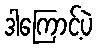
ဒါကြောင့်ပဲ